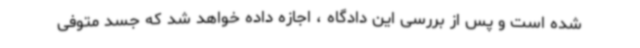
شده است و پس از بررسی این دادگاه ، اجازه داده خواهد شد که جسد متوفی